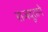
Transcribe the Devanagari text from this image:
राजदूताने